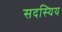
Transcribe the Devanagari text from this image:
सदस्यिय